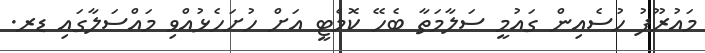
މައުރޫފު ހުސެއިން ގައުމީ ސަލާމަތާ ބެހޭ ކޮމެޓީ އަށް ހުށަހެޅުއްވި މައްސަލާގައި ޑރ.